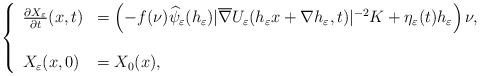
LaTeX: \begin{align*}\left\{\begin{array}{ll}\frac{\partial{X_{\varepsilon}}}{\partial{t}} (x,t)&=\left(-f(\nu)\widehat{\psi}_\varepsilon(h_{\varepsilon})|\overline{\nabla} U_\varepsilon(h_{\varepsilon}x+\nabla h_{\varepsilon},t)|^{-2} K+\eta_\varepsilon(t)h_{\varepsilon}\right)\nu ,\\\\X_{\varepsilon}(x,0)&=X_0(x),\end{array}\right.\end{align*}